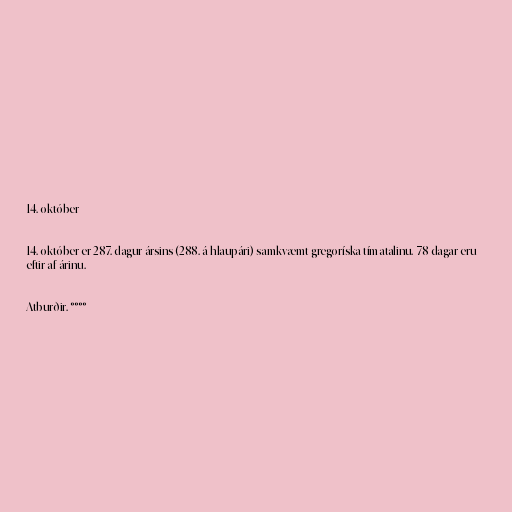
14. október

14. október er 287. dagur ársins (288. á hlaupári) samkvæmt gregoríska tímatalinu. 78 dagar eru
eftir af árinu.

Atburðir. °°°°